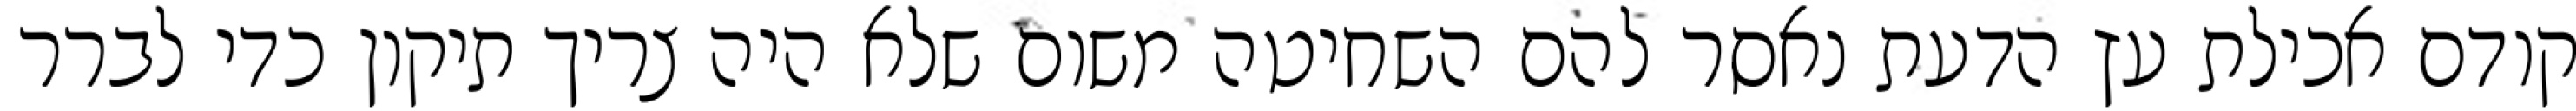
קודם אכילת עץ הדעת נאסר להם השחיטה משום שלא היה צריך תיקון כדי לברר